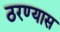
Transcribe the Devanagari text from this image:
ठरण्यास